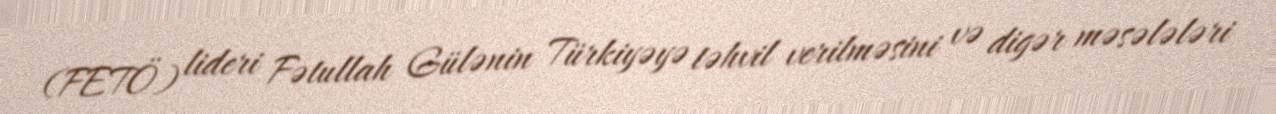
(FETÖ) lideri Fətullah Gülənin Türkiyəyə təhvil verilməsini və digər məsələləri